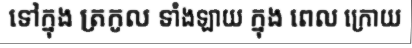
ទៅក្នុង ត្រកូល ទាំងឡាយ ក្នុង ពេល ក្រោយ